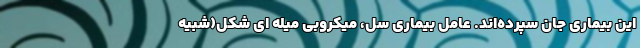
این بیماری جان سپرده‌اند. عامل بیماری سل، میکروبی میله ای شکل(شبیه